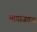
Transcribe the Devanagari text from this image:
भागाजवळ